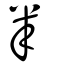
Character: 羋